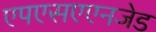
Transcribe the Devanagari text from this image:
एपएसएएनजेड